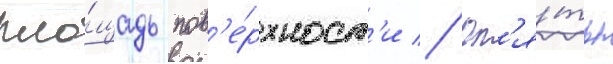
пло́щадь пов'е́рхност'и // Оп'я́ть